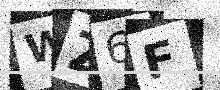
Text: WZ6F